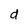
Character: d